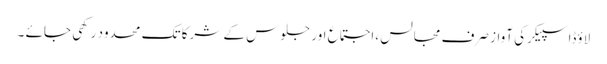
لاؤڈاسپیکرکی آواز صرف مجالس ،اجتماع اور جلوس کے شرکا تک محدود رکھی جائے ۔